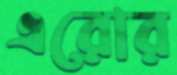
এরোর